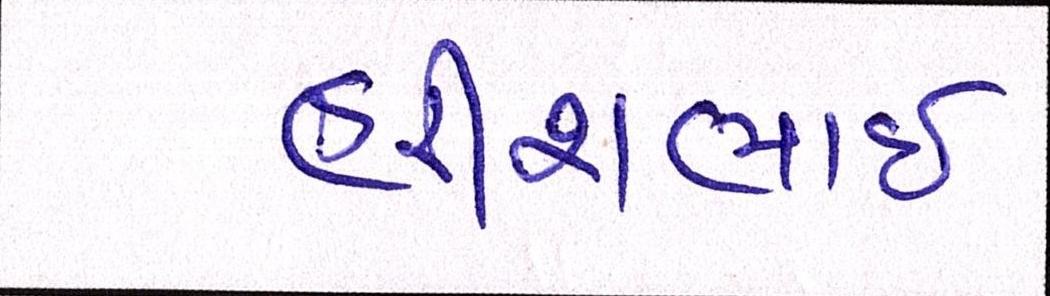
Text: હરીશભાઈ